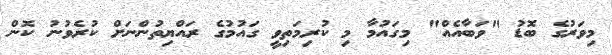
މިވަރުގެ ބޮޑު "ވަބާއެއް" މިގައުމާ މި ކުރިމަތިވީ ގައުމުގެ ރައްޔިތުންނަށް ކުރެވުނު ކޮން